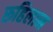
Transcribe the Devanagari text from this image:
रूहिलान